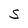
Character: S